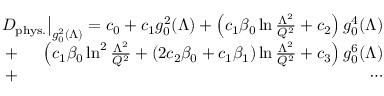
\begin{array} { r l r } & { } & { \! \! \! \! \! \! \! \! \! \! \! \! D _ { \mathrm { p h y s . } } \big | _ { g _ { 0 } ^ { 2 } ( \Lambda ) } = c _ { 0 } + c _ { 1 } g _ { 0 } ^ { 2 } ( \Lambda ) + \left( c _ { 1 } \beta _ { 0 } \ln { \frac { \Lambda ^ { 2 } } { Q ^ { 2 } } } + c _ { 2 } \right) g _ { 0 } ^ { 4 } ( \Lambda ) } \\ & { + } & { \left( c _ { 1 } \beta _ { 0 } \ln ^ { 2 } { \frac { \Lambda ^ { 2 } } { Q ^ { 2 } } } + ( 2 c _ { 2 } \beta _ { 0 } + c _ { 1 } \beta _ { 1 } ) \ln { \frac { \Lambda ^ { 2 } } { Q ^ { 2 } } } + c _ { 3 } \right) g _ { 0 } ^ { 6 } ( \Lambda ) } \\ & { + } & { \cdots } \end{array}